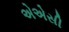
એએસી